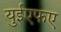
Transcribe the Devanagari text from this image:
युईएफए